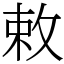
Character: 敕